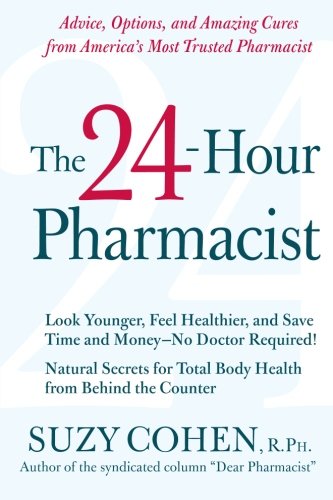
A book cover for The 24-Hour Pharmacist: Advice, Options, and Amazing Cures from America's Most Trusted Pharmacist; Suzy Cohen; Health, Fitness & Dieting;